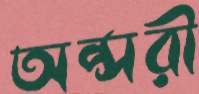
অপ্সরী